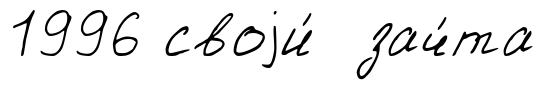
1996 своjи́ зач́та